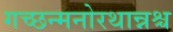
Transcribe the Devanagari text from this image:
गच्छन्मनोरथान्नश्च